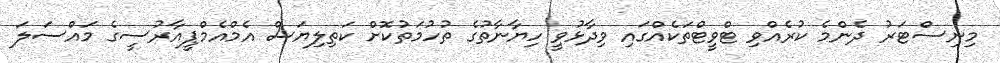
މިނިސްޓަރު ދެންމެ ކުރެއްވި ޓްވީޓްތަކެއްގައި ވިދާޅުވީ ހިޔާނާތުގެ ތުހުމަތުކޮށް ކަތިލިޔަސް އެމްއެމްޕީއާރުސީގެ މައްސަލަ